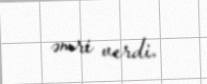
əmri verdi.